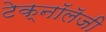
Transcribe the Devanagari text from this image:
टेक्नॉलॅजी